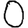
Digit: 0